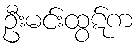
ဦးမင်းထွဋ်က